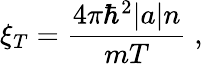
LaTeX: \xi_{T}=\frac{4\pi\hbar^{2}|a|n}{mT}\; ,